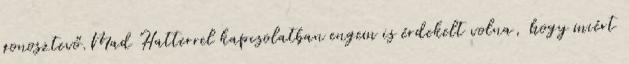
gonosztevő.Mad Hatterrel kapcsolatban engem is érdekelt volna, hogy miért